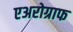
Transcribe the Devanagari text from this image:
एअरोग्राफ